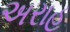
અરાહ